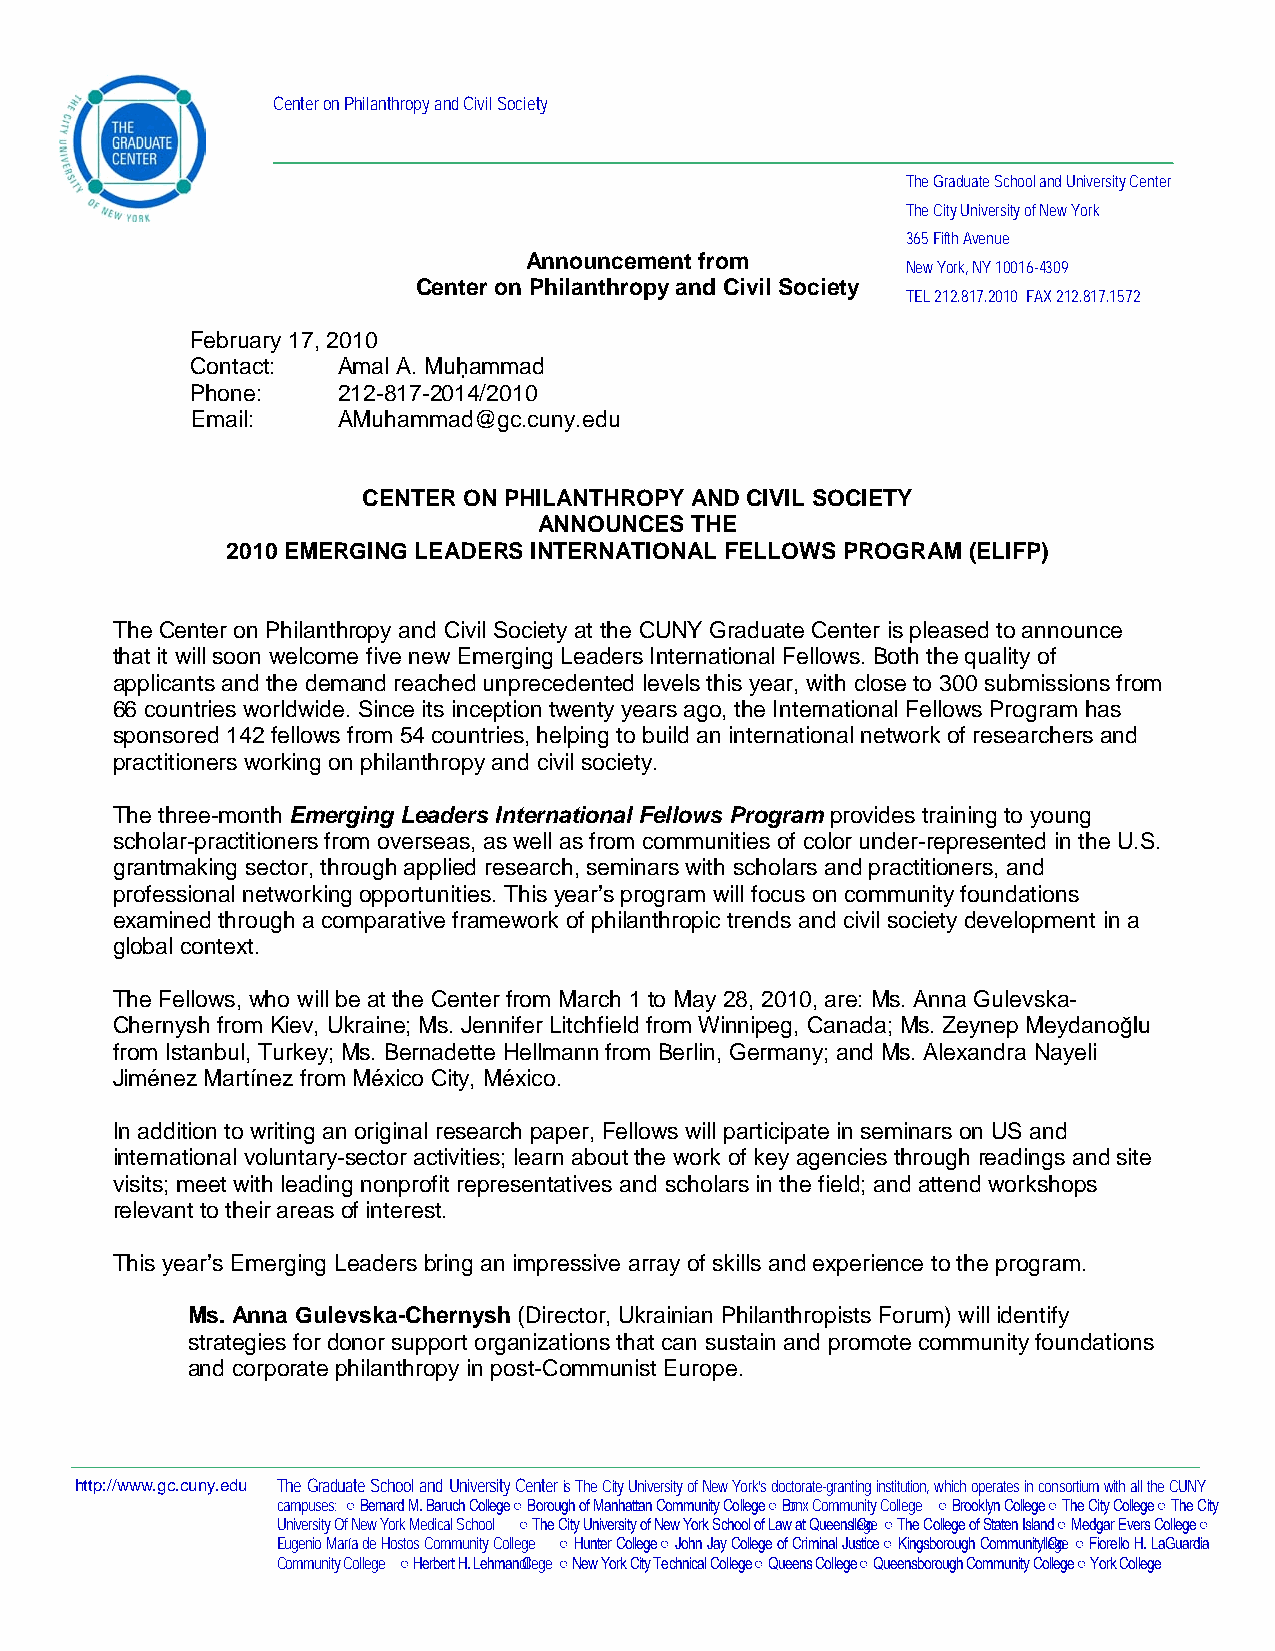
Center on Philanthropy and Civil Society
 The Graduate School and University Center
 The City University of New York
 365 Fifth Avenue
 Announcement from
 New York, NY 10016-4309
 Center on Philanthropy and Civil Society
 TEL 212.817.2010 FAX 212.817.1572
 February 17, 2010
 Contact: Amal A. Muha mmad
 Phone:   212-817-2014/2010
 Email:   AMuhammad@gc.cuny.edu
 CENTER ON PHILANTHROPY AND CIVIL SOCIETY
 ANNOUNCES THE
 2010 EMERGING LEADERS INTERNATIONAL FELLOWS PROGRAM (ELIFP)
 The Center on Philanthropy and Civil Society at the CUNY Graduate Center is pleased to announce
 that it will soon welcome five new Emerging Leaders International Fellows. Both the quality of
 applicants and the demand reached unprecedented levels this year, with close to 300 submissions from
 66 countries worldwide. Since its inception twenty years ago, the International Fellows Program has
 sponsored 142 fellows from 54 countries, helping to build an international network of researchers and
 practitioners working on philanthropy and civil society.
 The three-month Emerging Leaders International Fellows Program provides training to young
 scholar-practitioners from overseas, as well as from communities of color under-represented in the U.S.
 grantmaking sector, through applied research, seminars with scholars and practitioners, and
 professional networking opportunities. This year’s program will focus on community foundations
 examined through a comparative framework of philanthropic trends and civil society development in a
 global context.
 The Fellows, who will be at the Center from March 1 to May 28, 2010, are: Ms. Anna Gulevska-
 Chernysh from Kiev, Ukraine; Ms. Jennifer Litchfield from Winnipeg, Canada; Ms. Zeynep Meydanoğlu
 from Istanbul, Turkey; Ms. Bernadette Hellmann from Berlin, Germany; and Ms. Alexandra Nayeli
 Jiménez Martínez from México City, México.
 In addition to writing an original research paper, Fellows will participate in seminars on US and
 international voluntary-sector activities; learn about the work of key agencies through readings and site
 visits; meet with leading nonprofit representatives and scholars in the field; and attend workshops
 relevant to their areas of interest.
 This year’s Emerging Leaders bring an impressive array of skills and experience to the program.
 Ms. Anna Gulevska-Chernysh (Director, Ukrainian Philanthropists Forum) will identify
 strategies for donor support organizations that can sustain and promote community foundations
 and corporate philanthropy in post-Communist Europe.
 http://www.gc.cuny.edu The Graduate School and University Center is The City University of New York’s doctorate-granting institution, which operates in consortium with all the CUNY
 campuses: ○ Bernard M. Baruch College ○ Borough of Manhattan Community College ○ Bornx Community College ○ Brooklyn College ○ The City College ○ The City
 University Of New York Medical School ○ The City University of New York School of Law at Queensl leCgoe ○ The College of Staten Island ○ Medgar Evers College ○
 Eugenio María de Hostos Community College ○ Hunter College ○ John Jay College of Criminal Justice ○ Kingsborough Communityl leCgoe ○ Fiorello H. LaGuardia
 Community College ○ Herbert H. Lehmano Cllege ○ New York City Technical College ○ Queens College ○ Queensborough Community College ○ York College